Annual report of the Bengal Veterinary College and of the Civil Veterinary Department, Bengal, for the year 1899-1900 - 1899-1900
Year: 1899
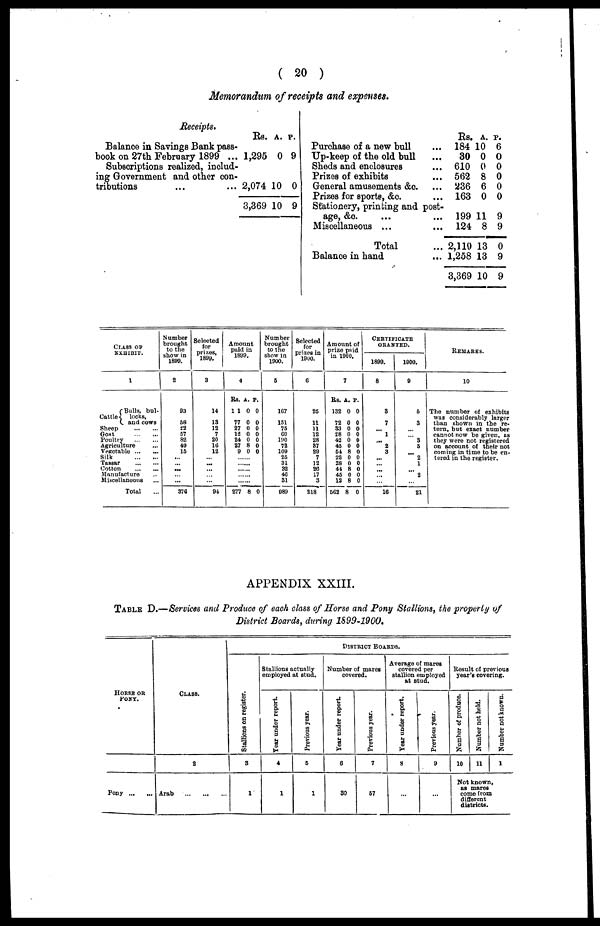
(20)
Memorandum of receipts and expenses.
Receipts.
Balance in Savings Bank pass-
book on 27th February 1899 ...
Subscriptions realized, includ-
ing Government and other con-
tributions ... ...
Rs. a. p.
1,295 0 9
2,074 10 0
3,369 10 9
Purchase of a new bull
Up-keep of the old bull
Sheds and enclosures
Prizes of exhibits
General amusements &c.
Prizes for sports, &c.
...
...
...
...
...
...
Stationery, printing and post-
age, &c. ...
...
Miscellaneous ...
Total
Balance in hand
...
...
Rs. a. p.
184 10 6
30 0 0
610 0 0
562 8 0
236 6 0
163 0 0
199 11 9
124 8 9
2,110 13 0
1,258 13 9
3,369 10 9
Class of
exhibit.
1
Bulls, bul-
Cattle
locks,
and cows
Sheep ... ...
Goat ... ...
Poultry ... ...
Agriculture ...
Vegetable ... ...
Silk ... ...
Tassar ... ...
Cotton ... ...
Manufacture ...
Miscellaneous ...
Total ...
Number
brought
to the
show in
1899.
2
93
58
22
57
82
49
15
...
...
...
...
...
376
Selected
for
prizes,
1899.
3
14
13
12
7
20
16
12
...
...
...
...
...
94
Amount
paid in
1899.
4
Rs. a. p.
1 1 0 0
77 0 0
27 0 0
12 0 0
24 0 0
27 8 0
9 0 0
......
......
.....
.....
.....
277 8 0
Number
brought
to the
show in
1900.
5
167
151
75
60
190
72
109
25
3i
32
46
31
989
Selected
for
prizes in
1900.
6
25
11
11
12
28
87
29
7
12
20
17
3
218
Amount of
prize paid
in 1900.
7
Rs. a. p.
132 0 0
72 0 0
33 0 0
28 0 0
42 0 0
45 0 0
54 8 0
22 0 0
28 0 0
44 8 0
45 0 0
12 8 0
562 8 0
Certificate
GRANTED.
1899.
8
3
7
...
1
...
2
3
...
...
...
...
...
16
1900.
9
5
3
...
...
3
5
...
2
1
...
2
...
21
REMARKS
10
The number of exhibits
was considerably larger
than shown in the re-
turn, but exact number
cannot now be given, as
they were not registered
on account of their not
coming in time to be en-
tered in the register.
APPENDIX XXIII.
Table D.—Services and Produce of each class of Horse and Pony Stallions, the properly of
District Boards, during 1S99-1900,
Horse
or
Pony.
Pony ... ...
Class.
2
Arab
...
... ...
Stallions on register.
3
1
Stallions actually
employed at stud.
Year
under report.
4
1
Previous year.
5
1
District Boards.
Number of mares
covered.
Year under report.
6
30
Previous year.
7
57
Average of mares
covered per
stallion employed
at stud.
Year under report.
8
...
Previous year.
9
...
Result of previous
year's covering.
Number of produce.
10
Number not held.
11
Number not known.
1
Not known,
as mares
come from
different
districts.